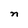
Character: n